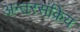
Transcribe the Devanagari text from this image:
अन्तरसंक्रिय